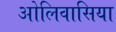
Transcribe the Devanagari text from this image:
ओलिवासिया